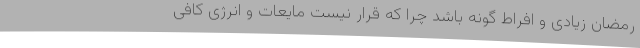
رمضان زیادی و افراط گونه باشد چرا که قرار نیست مایعات و انرژی کافی